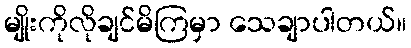
မျိုးကိုလိုချင်မိကြမှာ သေချာပါတယ်။